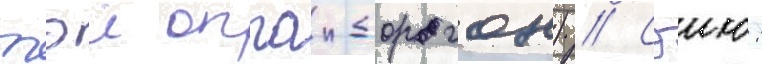
тэи оппаи-дорагон) // Сэию: